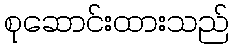
စုဆောင်းထားသည်